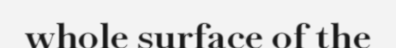
whole surface of the